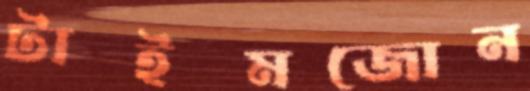
টাইমজোন